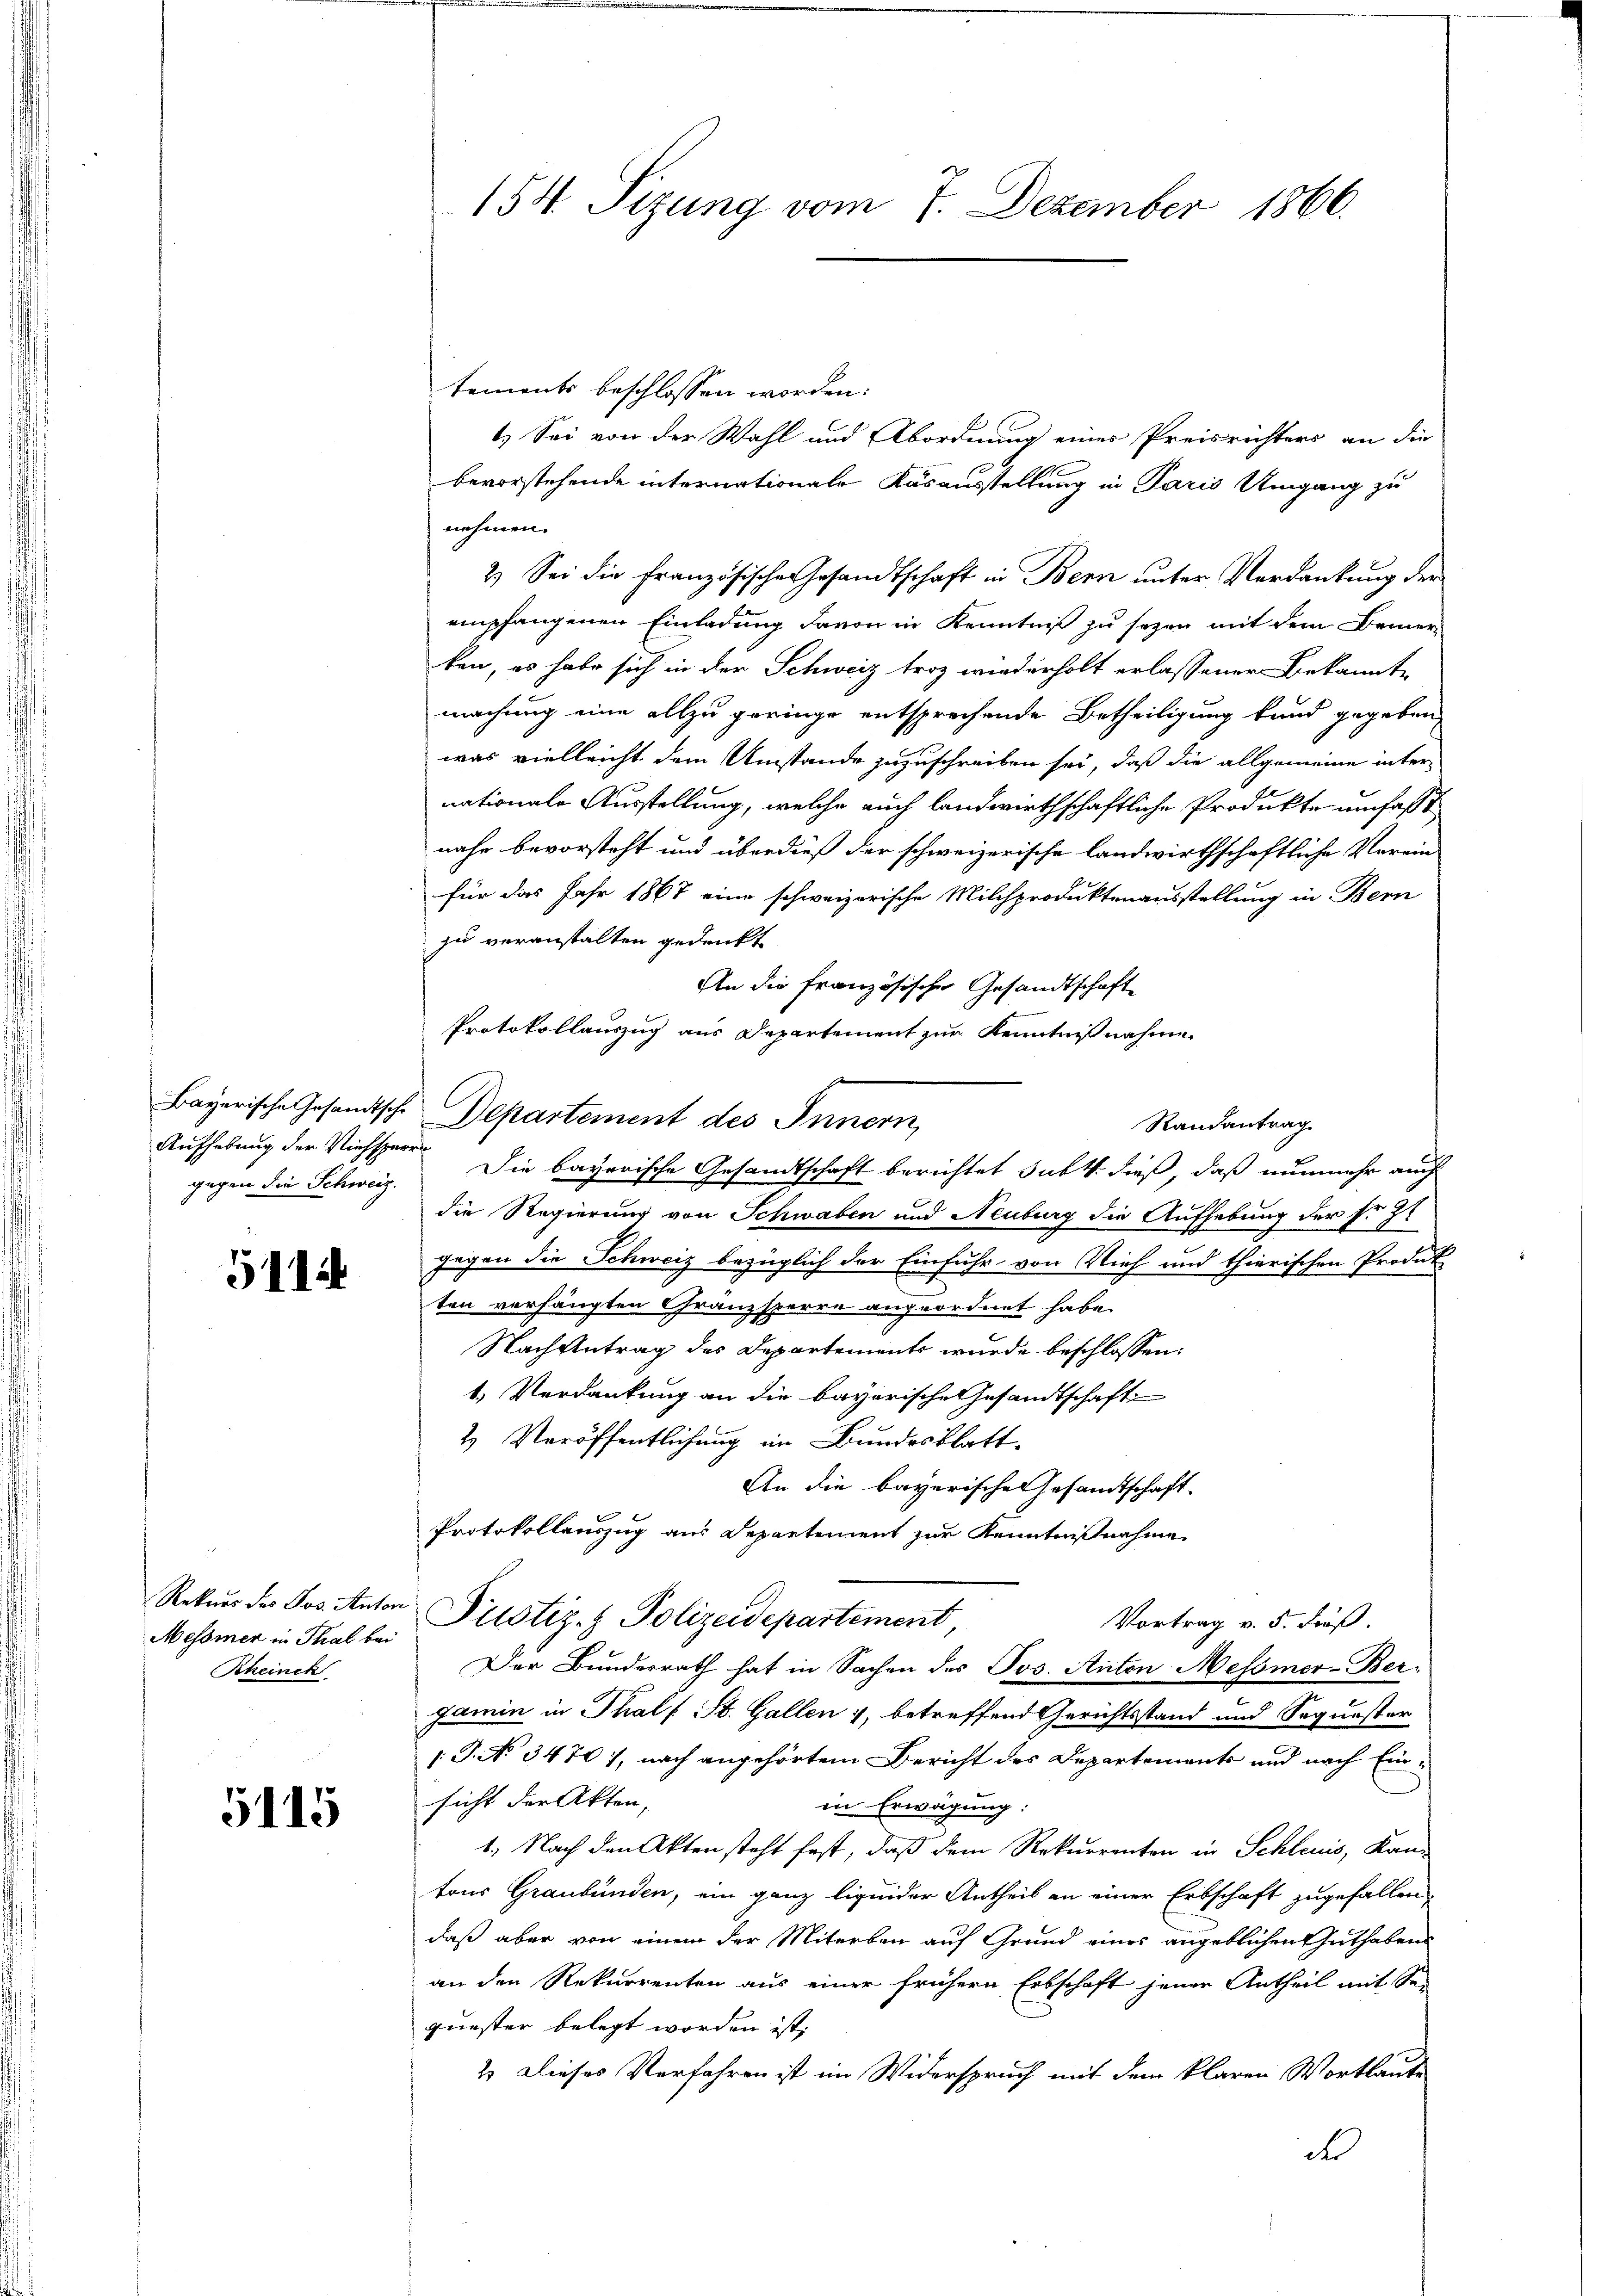
Aufhebung der Viehsperre
gegen die Schweiz.

5114

Messner in Thal bei
Rheinck

5115

154. Sizung vom 7. Dezember 1866.

tements beschlossen worden.
1.) Sei von der Wahl und Abordnung eines Preisrichters an die
bevorstehende internationale Kasausstellung in Paris Umgang zu
nehmen.
2.) Sei die französische Gesandtschaft in Bern unter Verdankung der
empfangenen Einladung davon in Kenntniß zu sezen mit dem Bemer
ben, es habe sich in der Schweiz troz wiederholt erlassener Bekannte
machung eine allzu geringe entsprechende Betheiligung kund gegeben,
was vielleicht dem Umstände zuzuschreiben sei, daß die allgemeine internationale Ausstellung, welche auch landwirthschaftliche Produkte umfaßt
nahe bevorsteht und überdieß der schweizerische landwirthschaftliche Verein
für das Jahr 1867 eine schweizerische Milchproduktenausstellung in Bern
zu veranstalten gedenkt
An die französischer Gesandtschaft
Protokollauszug aus Departement zur Kenntnißnahme
die Regierung von Schwaben und Neuburg die Aufhebung der Fr. 27
gegen die Schweiz bezüglich der Einfuhr von Vieh und thierischen Produk
ten verhängten Granzsperre angeordnet habe.
Nach Antrag des Departements wurde beschlossen:
1. Verdankung an die bayerische Gesandtschaft
2. Veröffentlichung im Bundesblatt.
An die bayerischen Gesandtschaft-
Protokollauszug am Departement zur Kenntnißnahme
Rekurs der Jos. Anton Piustiz- & Polizeidepartement
Vortrag v. 5. dieß.
Der Bundesrath hat in Sachen des Jos. Anton Messner-Bergamin in Thalf St. Gallen, betreffend Gerichtsstand und Sequester
1: P. No 3470), nach angehörtem Bericht des Departemente und nach Einsicht der Akten,
in Erwägung:
1. Nach den Akten steht fest, daß dem Rekurrenten in Schleuis, Kan-
tons Graubünden, ein ganz liquider Antheil an einer Erbschaft zugefallen
daß aber von einem der Miterben auf Grund eines angeblichen Guthabens
an den Rekurrenten aus einer frühern Erbschaft jener Antheil mit Se-
quester belegt worden ist,
2.) Dieses Verfahren ist im Widerspruch mit dem klaren Wortlaute
dr

Bayerische Gesandtsche Departement des Innern,

Die bayerische Gesandtschaft berichtet subt. dieß, daß nunmehr auch

Randantrag